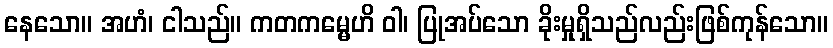
နေသော။ အဟံ၊ ငါသည်။ ကတကမ္မေဟိ ဝါ၊ ပြုအပ်သော ခိုးမှုရှိသည်လည်းဖြစ်ကုန်သော။